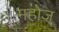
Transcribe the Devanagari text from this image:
महोज